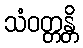
သံဝတ္တန္တိ